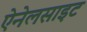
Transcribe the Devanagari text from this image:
ऐनेलसाइट